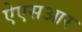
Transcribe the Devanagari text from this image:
ऐएसआर